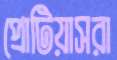
প্রোটিয়াসরা